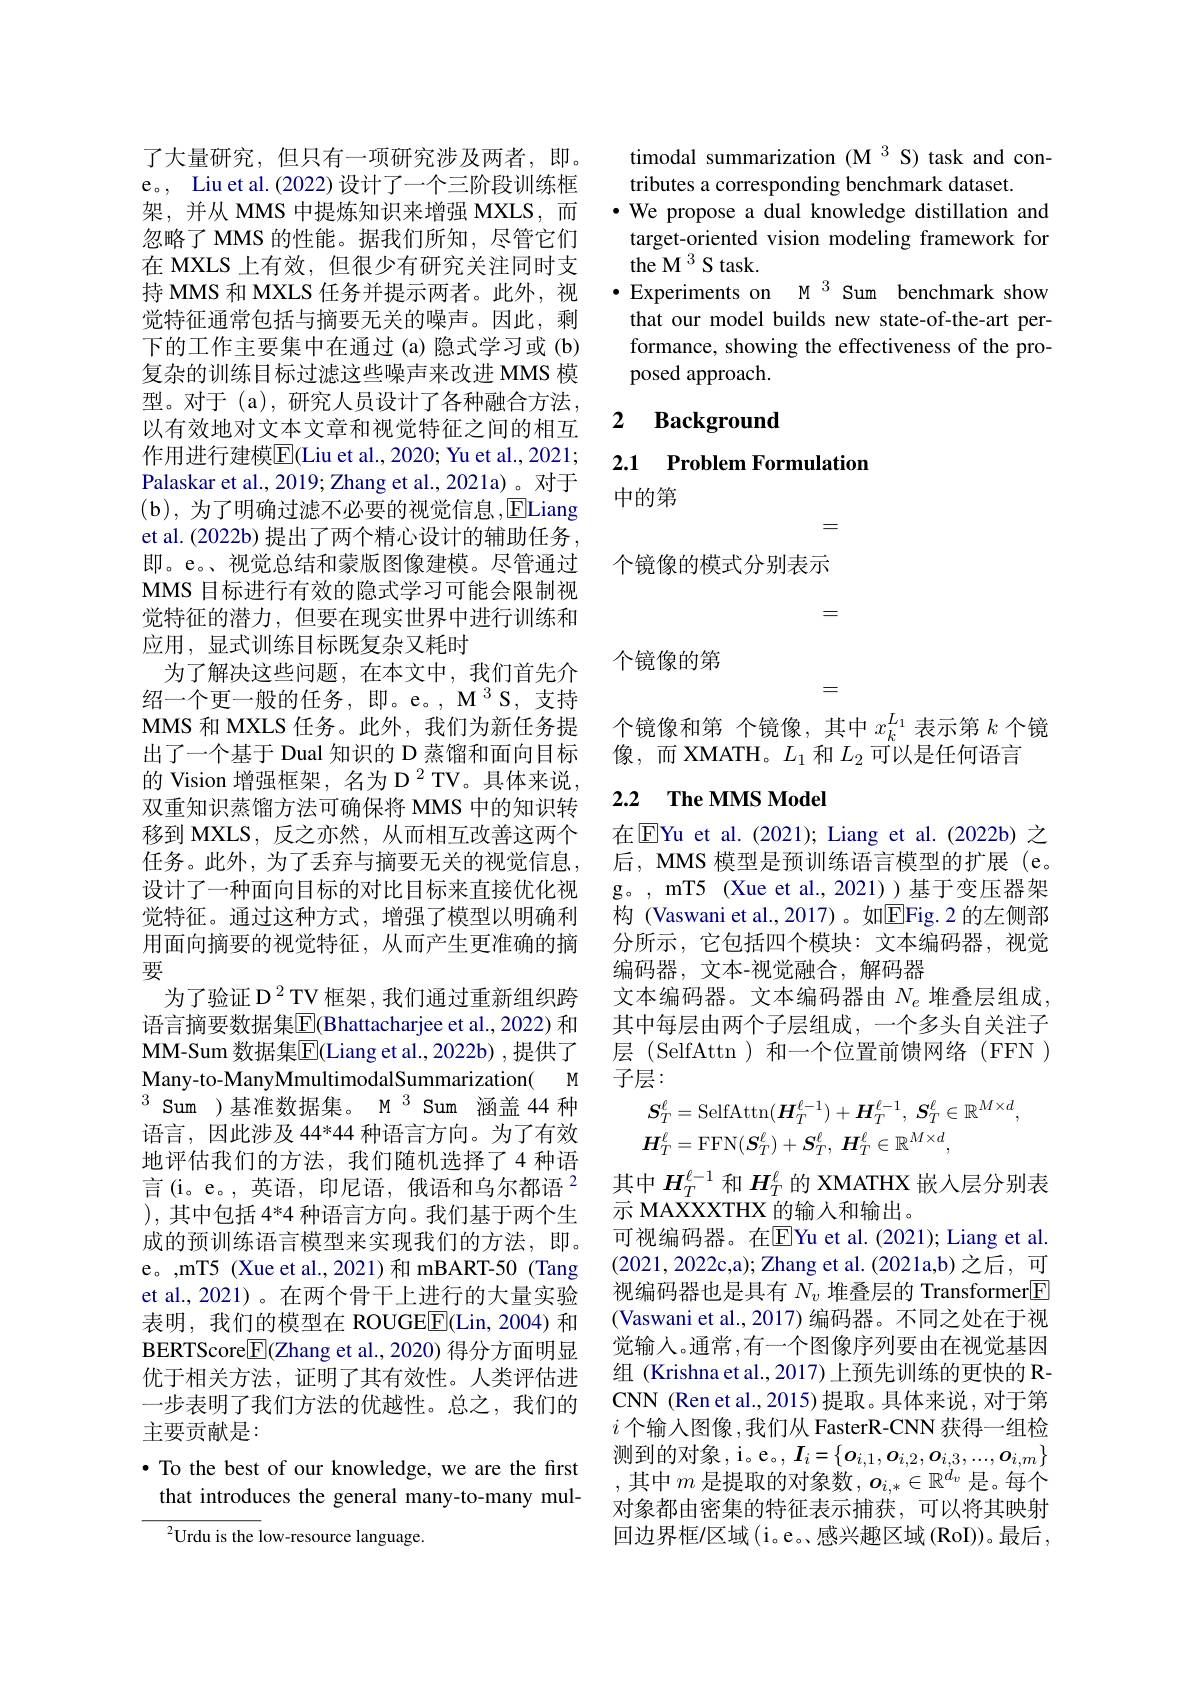
了大量研究，但只有一项研究涉及两者，即。e。, Liu et al.(2022) 设计了一个三阶段训练框架，并从 MMS 中提炼知识来增强 MXLS,而忽略了 MMS 的性能。据我们所知，尽管它们在 MXLS 上有效，但很少有研究关注同时支持 MMS 和 MXLS 任务并提示两者。此外，视觉特征通常包括与摘要无关的噪声。因此，剩下的工作主要集中在通过 (a) 隐式学习或 (b) 复杂的训练目标过滤这些噪声来改进 MMS 模型。对于(a),研究人员设计了各种融合方法以有效地对文本文章和视觉特征之间的相互作用进行建模$\overline{\mathrm{E}}$(Liu et al., 2020; Yu et al., 2021; Palaskar et al., 2019; Zhang et al., 2021a) 。对于(b),为了明确过滤不必要的视觉信息，ELiang et al. (2022b) 提出了两个精心设计的辅助任务 , 即。e。、视觉总结和蒙版图像建模。尽管通过MMS 目标进行有效的隐式学习可能会限制视觉特征的潜力，但要在现实世界中进行训练和应用，显式训练目标既复杂又耗时
为了解决这些问题，在本文中，我们首先介$绍一个更一般的任务，即。e。,M^3S,支持$ MMS 和 MXLS 任务。此外，我们为新任务提出了一个基于 Dual 知识的 D 蒸馏和面向目标的 Vision 增强框架，名为 D $^{2}$ TV。具体来说双重知识蒸馏方法可确保将 MMS 中的知识转移到 MXLS, 反之亦然，从而相互改善这两个任务。此外，为了丢弃与摘要无关的视觉信息， 设计了一种面向目标的对比目标来直接优化视觉特征。通过这种方式，增强了模型以明确利用面向摘要的视觉特征，从而产生更准确的摘要
为了验证 D $^{2}$ TV 框架，我们通过重新组织跨语言摘要数据集$\overline{\mathrm{E}}$(Bhattacharjee et al.,2022) 和MM-Sum 数据集$\overline{\mathrm{E}}($Liang et al.,2022b),提供了Many- to- ManyMmultimodalSummarization( Many-to-ManyMmultimodalSummarization( M $^{3}$Sum )基准数据集。M$^{3}$ Sum 涵盖 44 种语言，因此涉及44*44 种语言方向。为了有效地评估我们的方法，我们随机选择了4种语言(i。e。,英语，印尼语，俄语和乌尔都语$^2$ ),其中包括 4*4 种语言方向。我们基于两个生成的预训练语言模型来实现我们的方法，即。e。,mT5 (Xue et al., 2021) 和 mBART-50 (Tang et al., 2021)。在两个骨干上进行的大量实验表明，我们的模型在 ROUGE$\underline{\mathrm{F}}($Lin,2004)和BERTScore$\boxed{\mathrm{F}}($Zhang et al., 2020) 得分方面明显优于相关方法，证明了其有效性。人类评估进一步表明了我们方法的优越性。总之，我们的主要贡献是：
$\bullet$ To the best of our knowledge, we are the first

## that introduces the general many-to-many mul-

${^{2}}{\mathrm{Urdu~is~the~low-resource~language.}}$

timodal summarization (M 3 S) task and con-
tributes a corresponding benchmark dataset.
·We propose a dual knowledge distillation and target-oriented vision modeling framework for the M 3 S task.
·Experiments on M $^{3}$ Sum benchmark show
that our model builds new state-of-the-art performance, showing the effectiveness of the proposed approach.

### $\textbf{2}$ $\textbf{Background}$

## 2.1 Problem Formulation 中的第

=

个镜像的模式分别表示

=

个镜像的第

=

个镜像和第 个镜像，其中$x_k^{L_1}$表示第$k$个镜
像，而 XMATH。$L_1$和$L_2$可以是任何语言

## 2.2 $\textbf{The MMS Model}$

在$\operatorname{E}$Yu et al.(2021); Liang et al.(2022b) 之后，MMS 模型是预训练语言模型的扩展(e。g。, mT5 (Xue et al., 2021))基于变压器架构 (Vaswani et al.,2017)。如EFig.2 的左侧部分所示，它包括四个模块：文本编码器，视觉编码器，文本-视觉融合，解码器
文本编码器。文本编码器由$N_e$堆叠层组成， 其中每层由两个子层组成，一个多头自关注子层 (SelfAttn)和一个位置前馈网络 (FFN ) 子层：
$$\begin{aligned}&S_{T}^{\ell}=\mathrm{SelfAttn}(\boldsymbol{H}_{T}^{\ell-1})+\boldsymbol{H}_{T}^{\ell-1},\:\boldsymbol{S}_{T}^{\ell}\in\mathbb{R}^{M\times d},\\&\boldsymbol{H}_{T}^{\ell}=\mathrm{FFN}(\boldsymbol{S}_{T}^{\ell})+\boldsymbol{S}_{T}^{\ell},\:\boldsymbol{H}_{T}^{\ell}\in\mathbb{R}^{M\times d},\end{aligned}$$
其中$H_T^{\ell-1}$和$H_T^\ell$的 XMATHX 嵌人层分别表
示 MAXXXTHX 的输入和输出。
可视编码器。在$\overline{\mathrm{E}}$Yu et al.(2021); Liang et al. (2021,2022c,a); Zhang et al. (2021a,b) 之后，可视编码器也是具有$N_v$堆叠层的 Transformer[E] (Vaswani et al., 2017) 编码器。不同之处在于视觉输人。通常 ,有一个图像序列要由在视觉基因组 (Krishna et al., 2017) 上预先训练的更快的 RCNN (Ren et al., 2015) 提取。具体来说，对于第$i$ 个输入图像 ,我们从 FasterR-CNN 获得一组检测到的对象，i。e。$,I_i=\{\boldsymbol{o}_{i,1},\boldsymbol{o}_{i,2},\boldsymbol{o}_{i,3},...,\boldsymbol{o}_{i,m}\}$ ,其中$m$ 是提取的对象数$,\boldsymbol o_i,*\in\mathbb{R}^d_v$ 是。每个对象都由密集的特征表示捕获，可以将其映射回边界框/区域(i。e。感兴趣区域 (RoI))。最后，